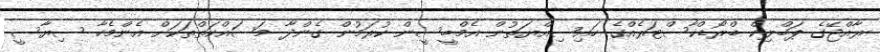
ރާއްޖޭގެ ޕަބްލިކް ބްރޯޑްކާސްޓަރެއްގެ ހައިސިއްޔަތުން އެމްބީސީން ކުރަމުން ގެންދާ މަސައްކަތްތަކަށް އެންމެހާ ސިޔާސީ